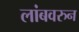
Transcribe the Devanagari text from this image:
लांबवरुन